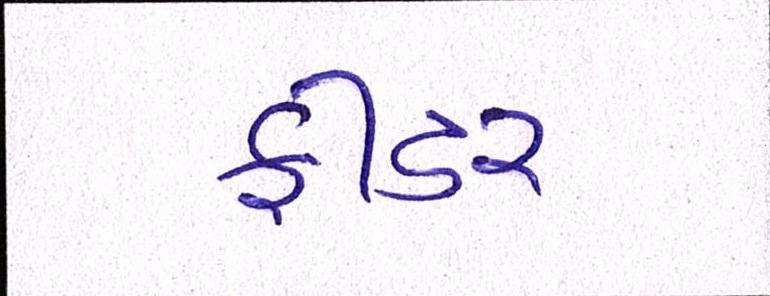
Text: ફીડર